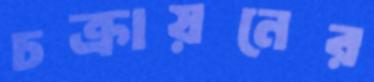
চক্রায়নের